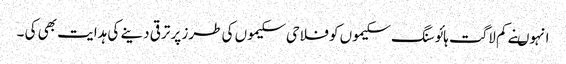
انہوںنے کم لاگت ہائوسنگ سکیموں کو فلاحی سکیموں کی طرز پر ترقی دینے کی ہدایت بھی کی ۔